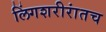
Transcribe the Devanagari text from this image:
लिंगशरीरांतच